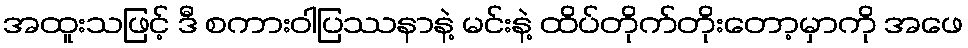
အထူးသဖြင့် ဒီ စကားဝါပြဿနာနဲ့ မင်းနဲ့ ထိပ်တိုက်တိုးတော့မှာကို အဖေ